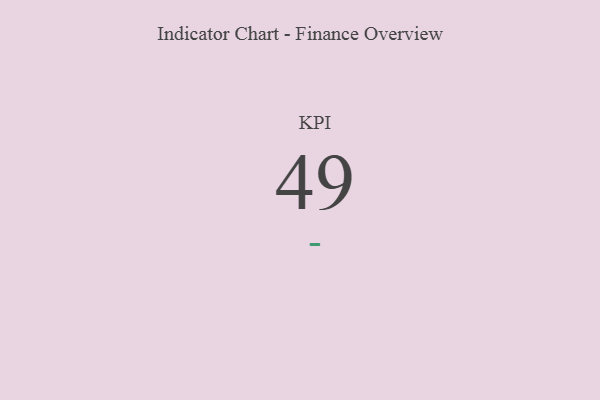
{"axis": {"x": "KPI", "y": "Value"}, "legend": [""], "data": [{"x": "KPI", "y": 49, "type": ""}]}